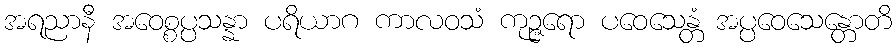
အရညာနီ အဝေစ္စပ္ပသန္နာ ပရိယာဂ ကာလဝသံ ကုဉ္ဇရော ပဝေသေန္တံ အပ္ပဝေသေန္တောတိ